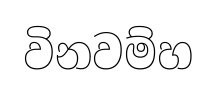
විනවම්හ